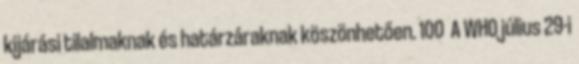
kijárási tilalmaknak és határzáraknak köszönhetően. 100 A WHO július 29-i